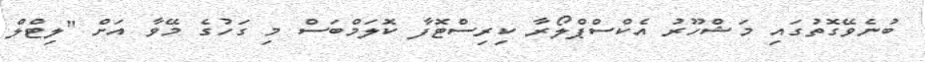
ބުނެވޭގޮތުގައި މަޝްހޫރު އެކްސްޕްލޯރާ ކިރިސްޓޮފާ ކޮލަމްބަސް މި ގަހުގެ މޭވާ އަށް "ލިޓްލް